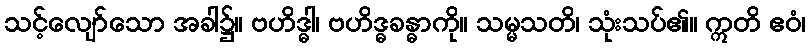
သင့်လျော်သော အခါ၌။ ဗဟိဒ္ဓါ၊ ဗဟိဒ္ဓခန္ဓာကို။ သမ္မသတိ၊ သုံးသပ်၏။ ဣတိ ဧဝံ၊